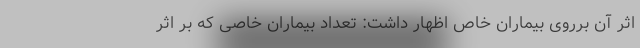
اثر آن برروی بیماران خاص اظهار داشت: تعداد بیماران خاصی که بر اثر